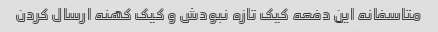
متاسفانه این دفعه کیک تازه نبودش و کیک کهنه ارسال کردن